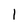
Character: 1